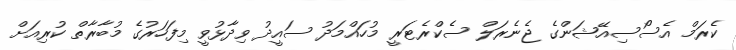
ކެރަމް އެސޯސިއޭޝަންގެ ޖެނެރަލް ސެކްރެޓަރީ މުހައްމަދު ސައީދު ވިދާޅުވީ މިފަހަރުގެ މުބާރާތް ކުރިއަށް